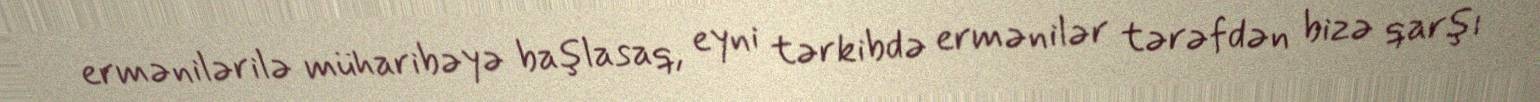
ermənilərilə müharibəyə başlasaq, eyni tərkibdə ermənilər tərəfdən bizə qarşı